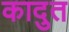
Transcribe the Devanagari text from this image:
कादुत